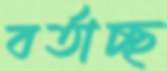
বর্তাচ্ছ